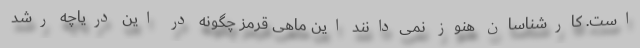
است. کارشناسان هنوز نمی‌دانند این ماهی قرمز چگونه در این دریاچه رشد